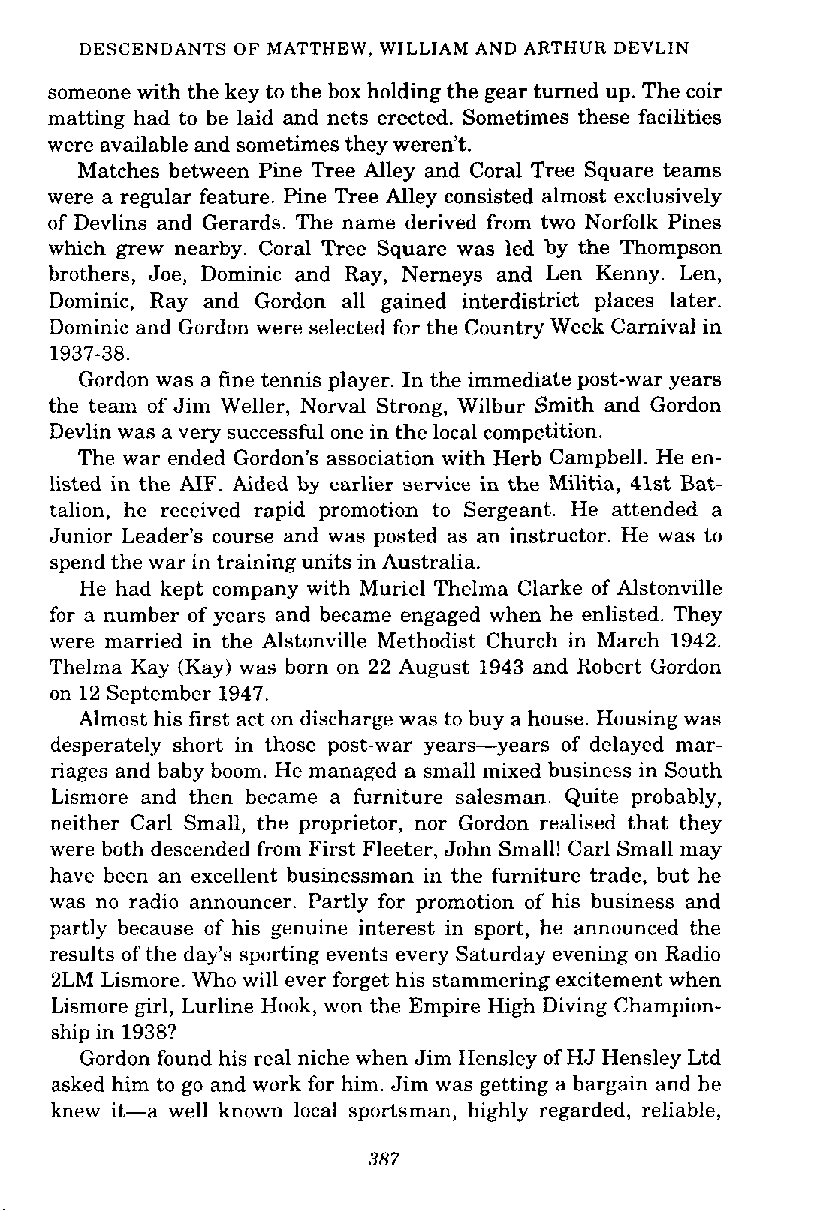
DESCENDANTS OF MATTHEW, WILLIAM AND ARTHUR DEVLlN
 someone with the key to the box holding the gear turned up. The coir
 matting had to be laid and nets erected. Sometimes these facilities
 were available and sometimes they weren't.
 Matches between Pine Tree Alley and Coral Tree Square teams
 were a regular feature. Pine Tree Alley consisted almost exclusively
 of Devlins and Gerards. The name derived from two Norfolk Pines
 which grew nearby. Coral Tree Square was led by the Thompson
 brothers, Joe, Dominic and Ray, Nerneys and Len Kenny. Len,
 Dominic, Ray and Gordon all gained interdistrict places later.
 Dominic and Gordon were selected for the Country Week Carnival in
 1937-38.
 Gordon was a fine tennis player. In the immediate post-war years
 the team of Jim Weller, Noma1 Strong, Wilbur Smith and Gordon
 Devlin was a very successful one in the local competition.
 The war ended Gordon's association with Herb Campbell. He en-
 listed in the AIF. Aided by earlier service in the Militia, 41st Bat-
 talion, he received rapid promotion to Sergeant. He attended a
 Junior Leader's course and was posted as an instructor. He was to
 spend the war in training units in Australia.
 He had kept company with Muriel Thelma Clarke of Alstonville
 for a number of years and became engaged when he enlisted. They
 were married in the Alstonville Methodist Church in March 1942.
 Thelma Kay (Kay) was born on 22 August 1943 and Robert Gordon
 on 12 September 1947.
 Almost his first act on discharge was to buy a house. Housing was
 desperately short in those post-war years-years of delayed mar-
 riages and baby boom. He managed a small mixed business in South
 Lismore and then became a furniture salesman. Quite probably,
 neither Carl Small, the proprietor, nor Gordon realised that they
 were both descended from First Fleeter, John Small! Carl Small may
 have been an excellent businessman in the furniture trade, but he
 was no radio announcer. Partly for promotion of his business and
 partly because of his genuine interest in sport, he announced the
 results of the day's sporting events every Saturday evening on Radio
 2LM Lismore. Who will ever forget his stammering excitement when
 Lismore girl, Lurline Hook, won the Empire High Diving Champion-
 ship in 1938?
 Gordon found his real niche when Jim Hensley of HJ Hensley Ltd
 asked him to go and work for him. Jim was getting a bargain and he
 knew it-a well known local sportsman, highly regarded, reliable,